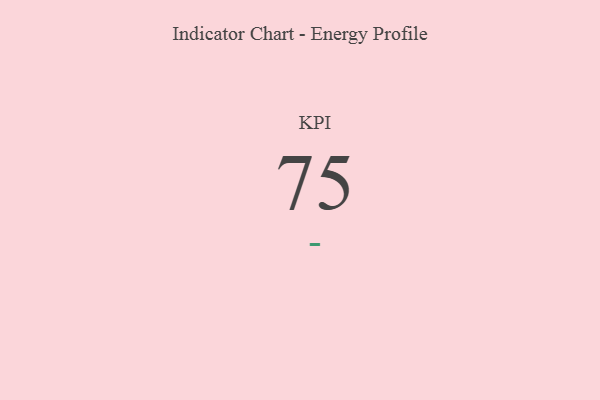
{"axis": {"x": "KPI", "y": "Value"}, "legend": [""], "data": [{"x": "KPI", "y": 75, "type": ""}]}